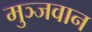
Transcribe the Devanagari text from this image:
मुञ्जवान